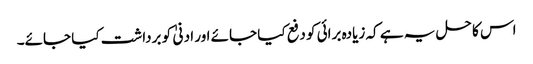
اس کا حل یہ ہے کہ زیادہ برائی کو دفع کیا جائے اور ادنیٰ کو برداشت کیا جائے۔